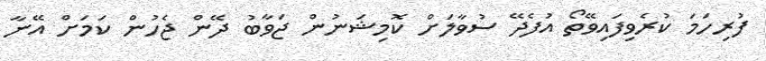
ފުރިހަމަ ކުރެވިފައިވޭތޯ އުފެދޭ ސުވާލަށް ކޮމިޝަނުން ޖަވާބު ދޭން ޖެހުން ކަމަށް އޭނާ